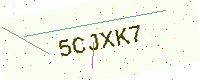
Text: 5CJXK7